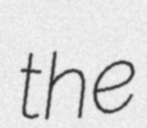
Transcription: the